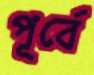
পূর্বে